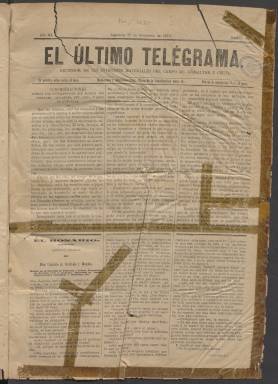
Título: El Último telegrama
Colección: Periódicos
Ámbito geográfico: Cádiz
Lugar de publicación: Algeciras
Fechas: 25/09/1878-24/09/1881